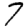
Digit: 7